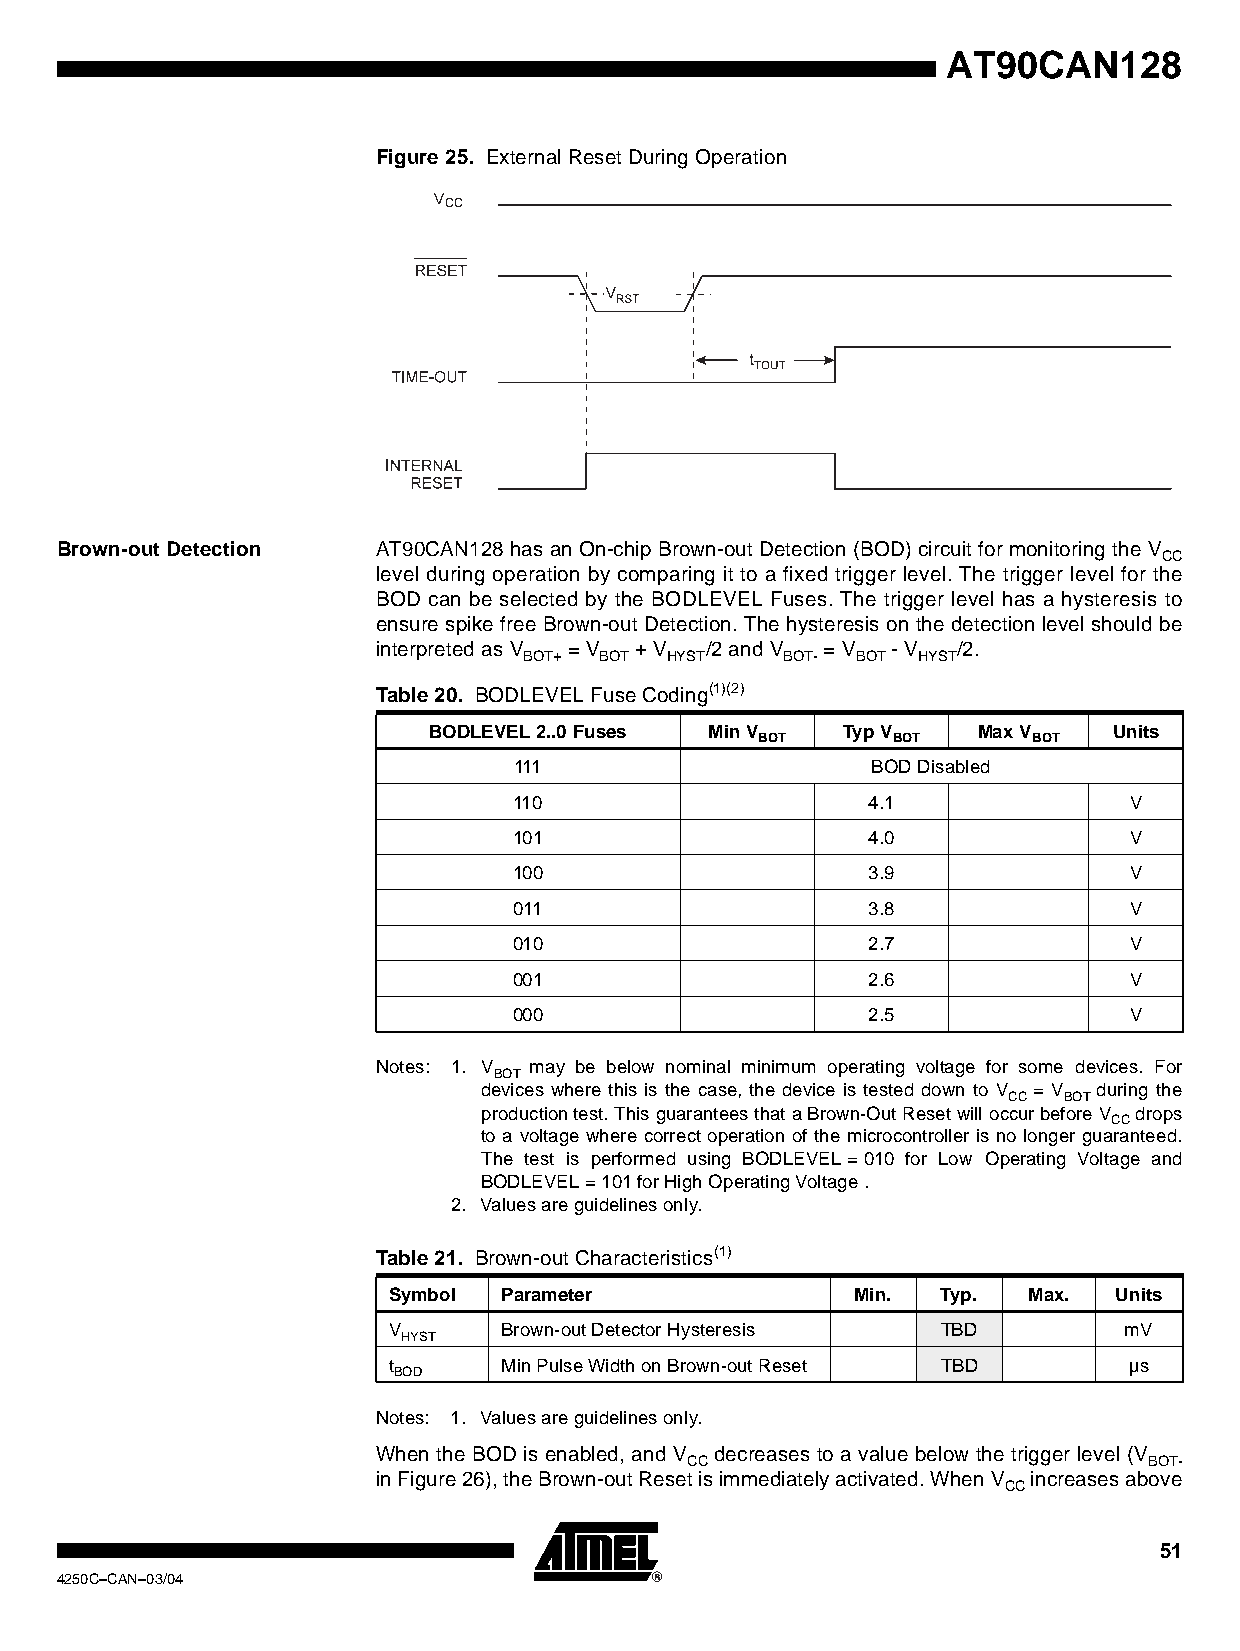
AT90CAN128
 Figure 25. External Reset During Operation
 CC
 Brown-out Detection  AT90CAN128 has an On-chip Brown-out Detection (BOD) circuit for monitoring the V
 CC
 level during operation by comparing it to a fixed trigger level. The trigger level for the
 BOD can be selected by the BODLEVEL Fuses. The trigger level has a hysteresis to
 ensure spike free Brown-out Detection. The hysteresis on the detection level should be
 interpreted as V = V + V /2 and V = V - V /2.
 BOT+ BOT HYST    BOT- BOT HYST
 Table 20. BODLEVEL Fuse Coding(1)(2)
 BODLEVEL 2..0 Fuses Min V   Typ V    Max V    Units
 BOT      BOT      BOT
 111                     BOD Disabled
 110                     4.1              V
 101                     4.0              V
 100                     3.9              V
 011                     3.8              V
 010                     2.7              V
 001                     2.6              V
 000                     2.5              V
 Notes: 1. V may be below nominal minimum operating voltage for some devices. For
 BOT
 devices where this is the case, the device is tested down to V = V during the
 CC BOT
 production test. This guarantees that a Brown-Out Reset will occur before V drops
 CC
 to a voltage where correct operation of the microcontroller is no longer guaranteed.
 The test is performed using BODLEVEL=010 for Low Operating Voltage and
 BODLEVEL=101 for High Operating Voltage .
 2. Values are guidelines only.
 Table 21. Brown-out Characteristics(1)
 Symbol Parameter               Min. Typ.  Max.  Units
 V      Brown-out Detector Hysteresis TBD        mV
 HYST
 t      Min Pulse Width on Brown-out Reset TBD    µs
 BOD
 Notes: 1. Values are guidelines only.
 When the BOD is enabled, and V decreases to a value below the trigger level (V
 CC                             BOT-
 in Figure 26), the Brown-out Reset is immediately activated. When V increases above
 CC
 51
 4250C–CAN–03/04